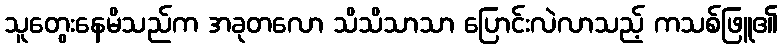
သူတွေးနေမိသည်က အခုတလော သိသိသာသာ ပြောင်းလဲလာသည့် ကသစ်ဖြူ၏